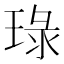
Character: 琭